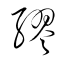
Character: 繆